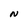
Character: N